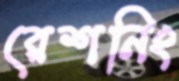
রেশনিং